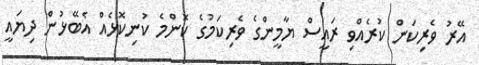
އޭރު ވެރިކަން ކުރެއްވި ރައީސް ޔާމީންގެ ވެެރިކަމުގެ ކޮންމެ ކުނިކޮޅެއް އެބޭޅުން ދިޔައީ